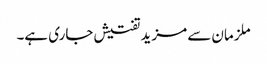
ملزمان سے مزید تفتیش جاری ہے۔